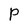
Character: P